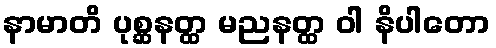
နာမာတိ ပုစ္ဆနတ္ထ မညနတ္ထ ဝါ နိပါတော